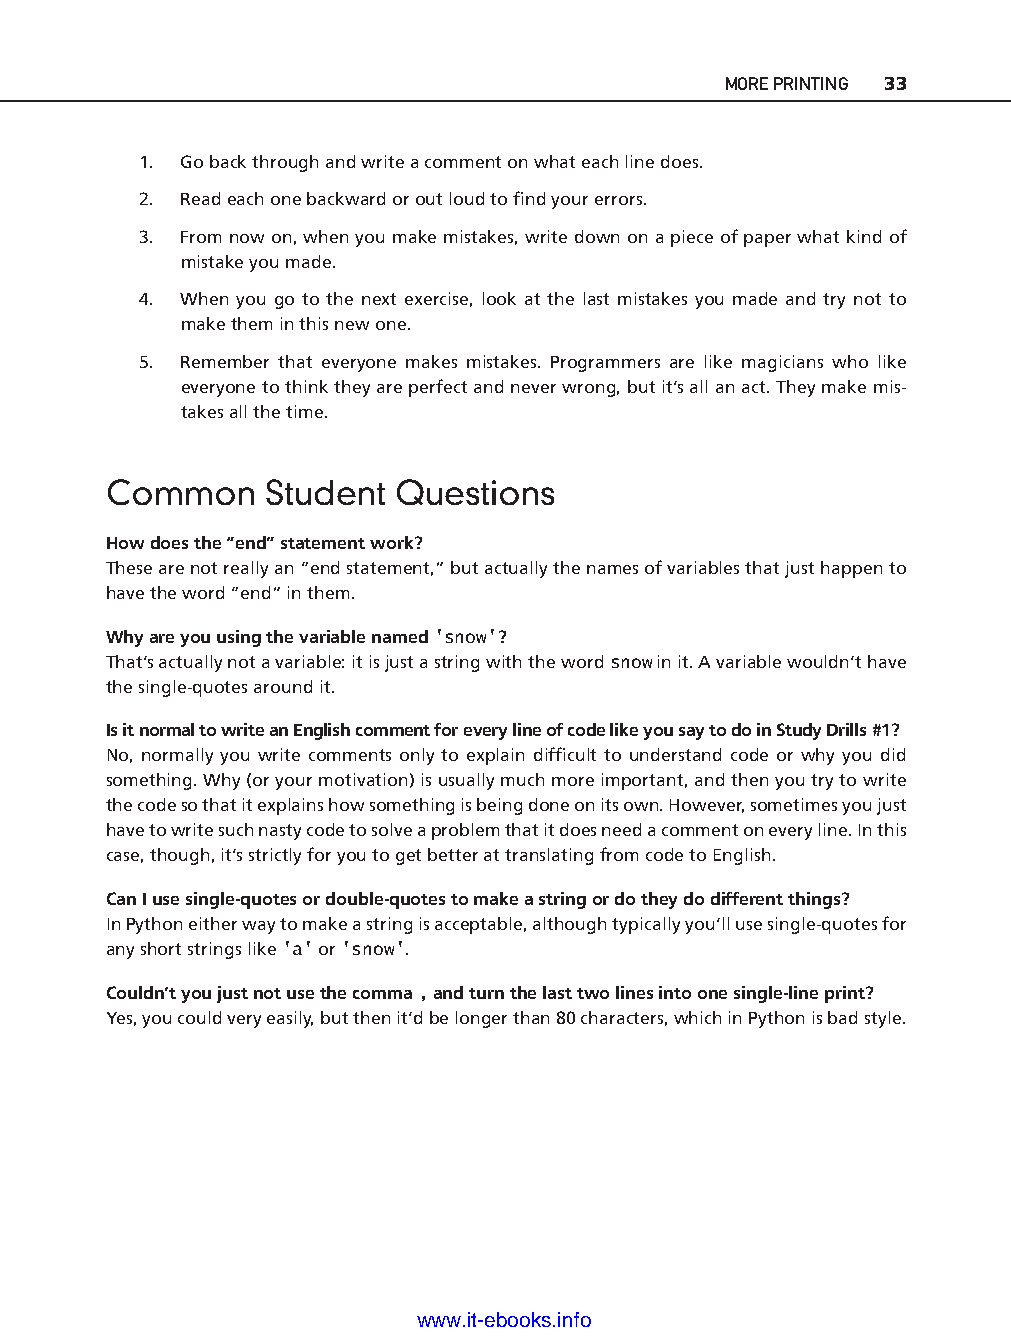
MORE PRINTING 33
 1. Go back through and write a comment on what each line does.
 2. Read each one backward or out loud to fi nd your errors.
 3. From now on, when you make mistakes, write down on a piece of paper what kind of
 mistake you made.
 4. When you go to the next exercise, look at the last mistakes you made and try not to
 make them in this new one.
 5. Remember that everyone makes mistakes. Programmers are like magicians who like
 everyone to think they are perfect and never wrong, but it’s all an act. They make mis-
 takes all the time.
 Common     Student  Questions
 How does the “end” statement work?
 These are not really an “end statement,” but actually the names of variables that just happen to
 have the word “end” in them.
 Why are you using the variable named 'snow'?
 That’s actually not a variable: it is just a string with the word snow in it. A variable wouldn’t have
 ptg11539604
 the single- quotes around it.
 Is it normal to write an English comment for every line of code like you say to do in Study Drills #1?
 No, normally you write comments only to explain diffi cult to understand code or why you did
 something. Why (or your motivation) is usually much more important, and then you try to write
 the code so that it explains how something is being done on its own. However, sometimes you just
 have to write such nasty code to solve a problem that it does need a comment on every line. In this
 case, though, it’s strictly for you to get better at translating from code to English.
 Can I use single- quotes or double- quotes to make a string or do they do different things?
 In Python either way to make a string is acceptable, although typically you’ll use single-q uotes for
 any short strings like 'a' or 'snow'.
 Couldn’t you just not use the comma , and turn the last two lines into one single- line print?
 Yes, you could very easily, but then it’d be longer than 80 characters, which in Python is bad style.
 www.it-ebooks.info